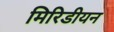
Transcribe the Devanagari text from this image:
मिरिडीयन